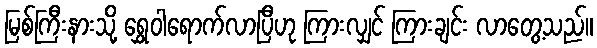
မြစ်ကြီးနားသို့ ရွှေဝါရောက်လာပြီဟု ကြားလျှင် ကြားချင်း လာတွေ့သည်။